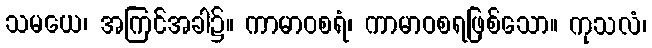
သမယေ၊ အကြင်အခါ၌။ ကာမာဝစရံ၊ ကာမာဝစရဖြစ်သော။ ကုသလံ၊